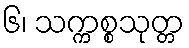
၆၊ သက္ကစ္စသုတ္တ